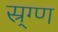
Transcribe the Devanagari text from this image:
स्र्ग्ण